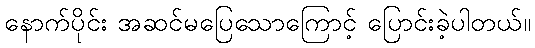
နောက်ပိုင်း အဆင်မပြေသောကြောင့် ပြောင်းခဲ့ပါတယ်။